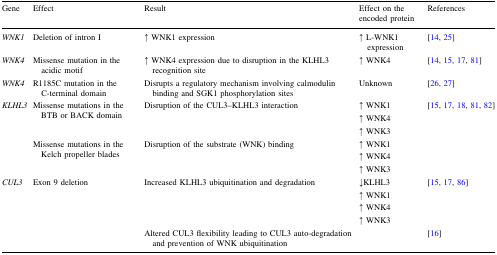
| Gene | Effect | Result | Effect on the encoded protein | References |
 | --- | --- | --- | --- | --- |
 | WNK1 | Deletion of intron I | ↑ WNK1 expression | ↑ L-WNK1 expression | [14, 25] |
 | WNK4 | Missense mutation in the acidic motif | ↑ WNK4 expression due to disruption in the KLHL3 recognition site | ↑ WNK4 | [14, 15, 17, 81] |
 | WNK4 | R1185C mutation in the C-terminal domain | Disrupts a regulatory mechanism involving calmodulin binding and SGK1 phosphorylation sites | Unknown | [26, 27] |
 | <ROWSPAN=2> KLHL3 | Missense mutations in the BTB or BACK domain | Disruption of the CUL3–KLHL3 interaction | ↑ WNK1↑ WNK4↑ WNK3 | <ROWSPAN=2> [15, 17, 18, 81, 82] |
 | Missense mutations in the Kelch propeller blades | Disruption of the substrate (WNK) binding | ↑ WNK1↑ WNK4↑ WNK3 |
 | <ROWSPAN=2> CUL3 | <ROWSPAN=2> Exon 9 deletion | Increased KLHL3 ubiquitination and degradation | ↓KLHL3↑ WNK1↑ WNK4↑ WNK3 | [15, 17, 86] |
 | Altered CUL3 flexibility leading to CUL3 auto-degradation and prevention of WNK ubiquitination |  | [16] |